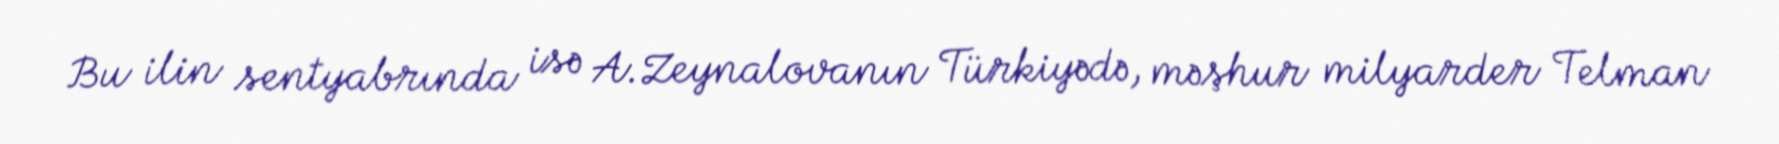
Bu ilin sentyabrında isə A.Zeynalovanın Türkiyədə, məşhur milyarder Telman